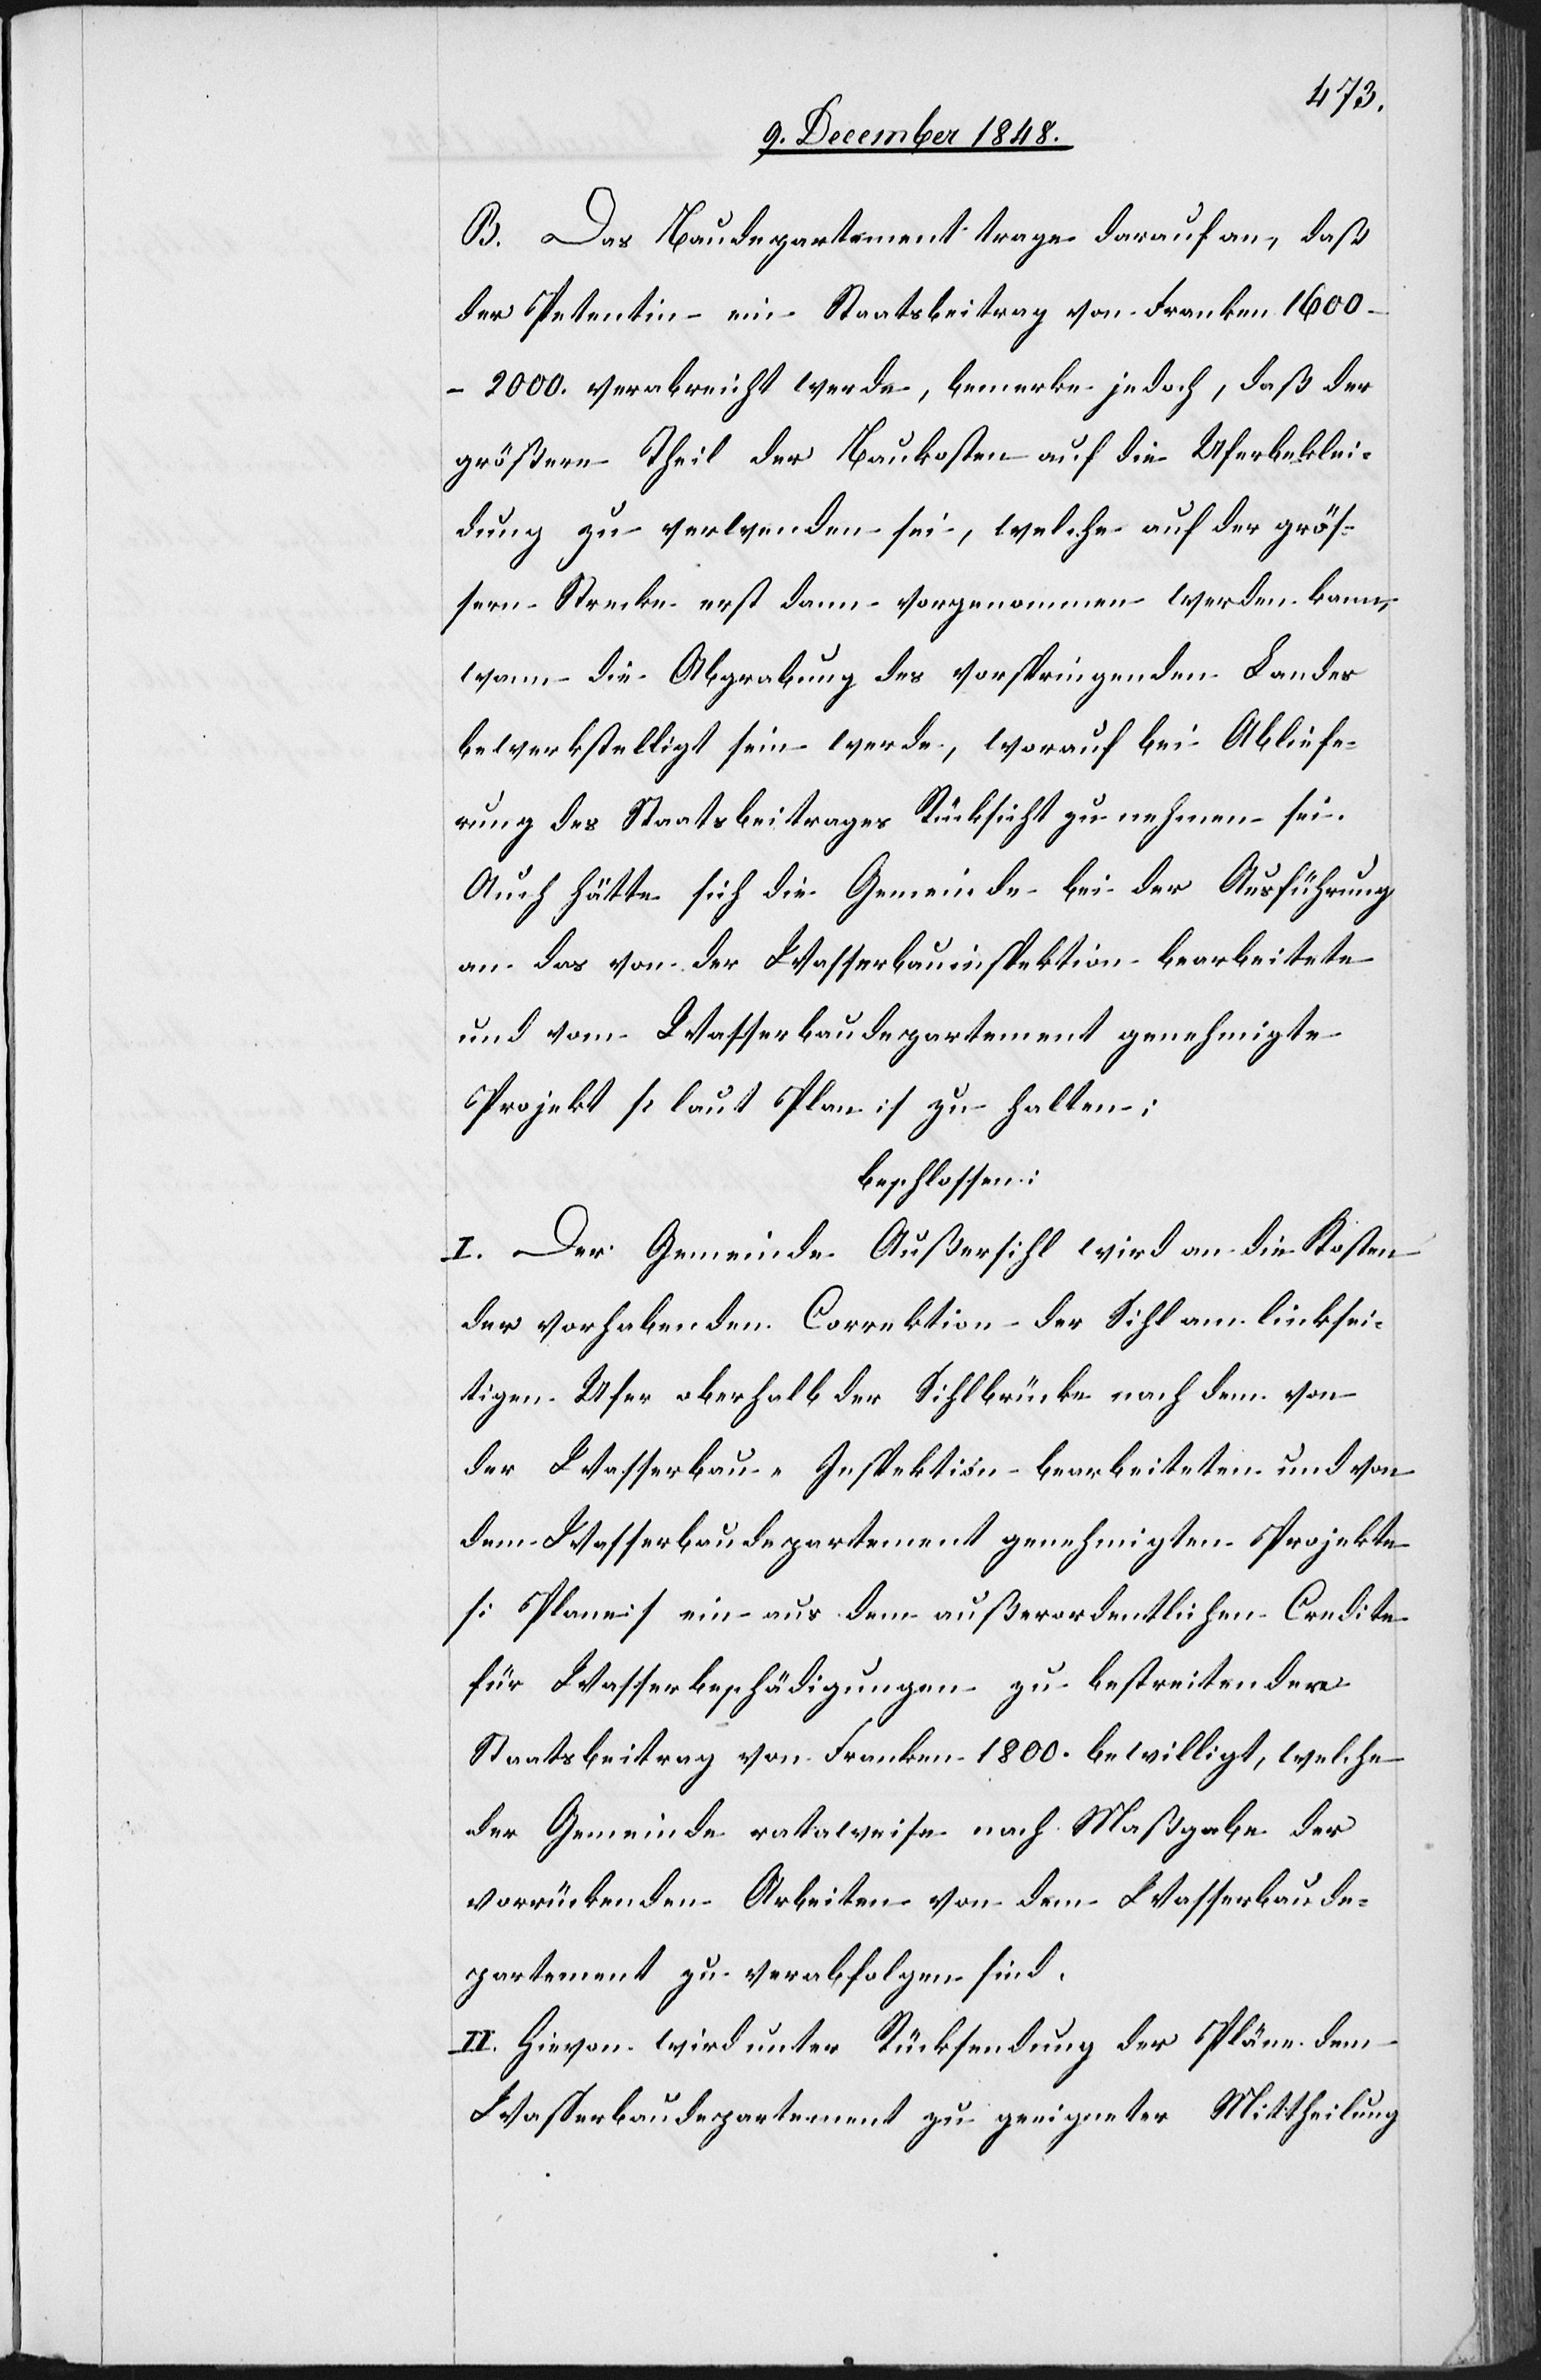
B. Das Baudepartement trage darauf an, daß
der Petentin ein Staatsbeitrag von Franken 1600–2000.
verabreicht werde, bemerke jedoch, daß der
größere Theil der Baukosten auf die Uferbeklei¬
dung zu verwenden sei, welche auf der größ¬
ern Strecke erst dann vorgenommen werden kann,
wann die Abgrabung des vorspringenden Landes
bewerkstelligt sein werde, worauf bei Abliefe¬
rung des Staatsbeitrages Rücksicht zu nehmen sei.
Auch hätte sich die Gemeinde bei der Ausführung
an das von der Wasserbauinspektion bearbeitete
und vom Wasserbaudepartement genehmigte
Projekt [laut Plan] zu halten;
beschlossen:
I. Der Gemeinde Außersihl wird an die Kosten
der vorhabenden Correktion der Sihl am linksei¬
tigen Ufer oberhalb der Sihlbrücke nach dem von
der Wasserbau-Inspektion bearbeiteten und von
dem Wasserbaudepartement genehmigten Projekte
[Plan] ein aus dem außerordentlichen Credite
für Wasserbeschädigungen zu bestreitender
Staatsbeitrag von Franken 1800. bewilligt, welche
der Gemeinde rataweise nach Maßgabe der
vorrückenden Arbeiten von dem Wasserbaude¬
partement zu verabfolgen sind.
II. Hievon wird unter Rücksendung der Pläne dem
Wasserbaudepartement zu geeigneter Mittheilung